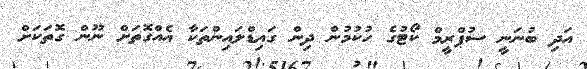
އަދި ބުނަނީ ސުޕްރީމް ކޯޓުގެ ހުކުމުން ދިން ގައިޑްލައިންތަކާ އެއްގޮތަށް ނޫން ގޮތަކަށް